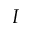
I